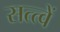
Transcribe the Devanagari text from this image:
सत्त्वें